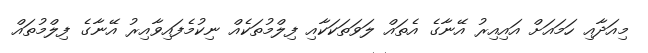
މިއަދާއި ހަމައަށް އައިއިރު އޭނާގެ އެތައް ލަވަތަކަކާއި ފިލްމުތަކެއް ނިކުމެފައިވާއިރު އޭނާގެ ފިލްމުތައް